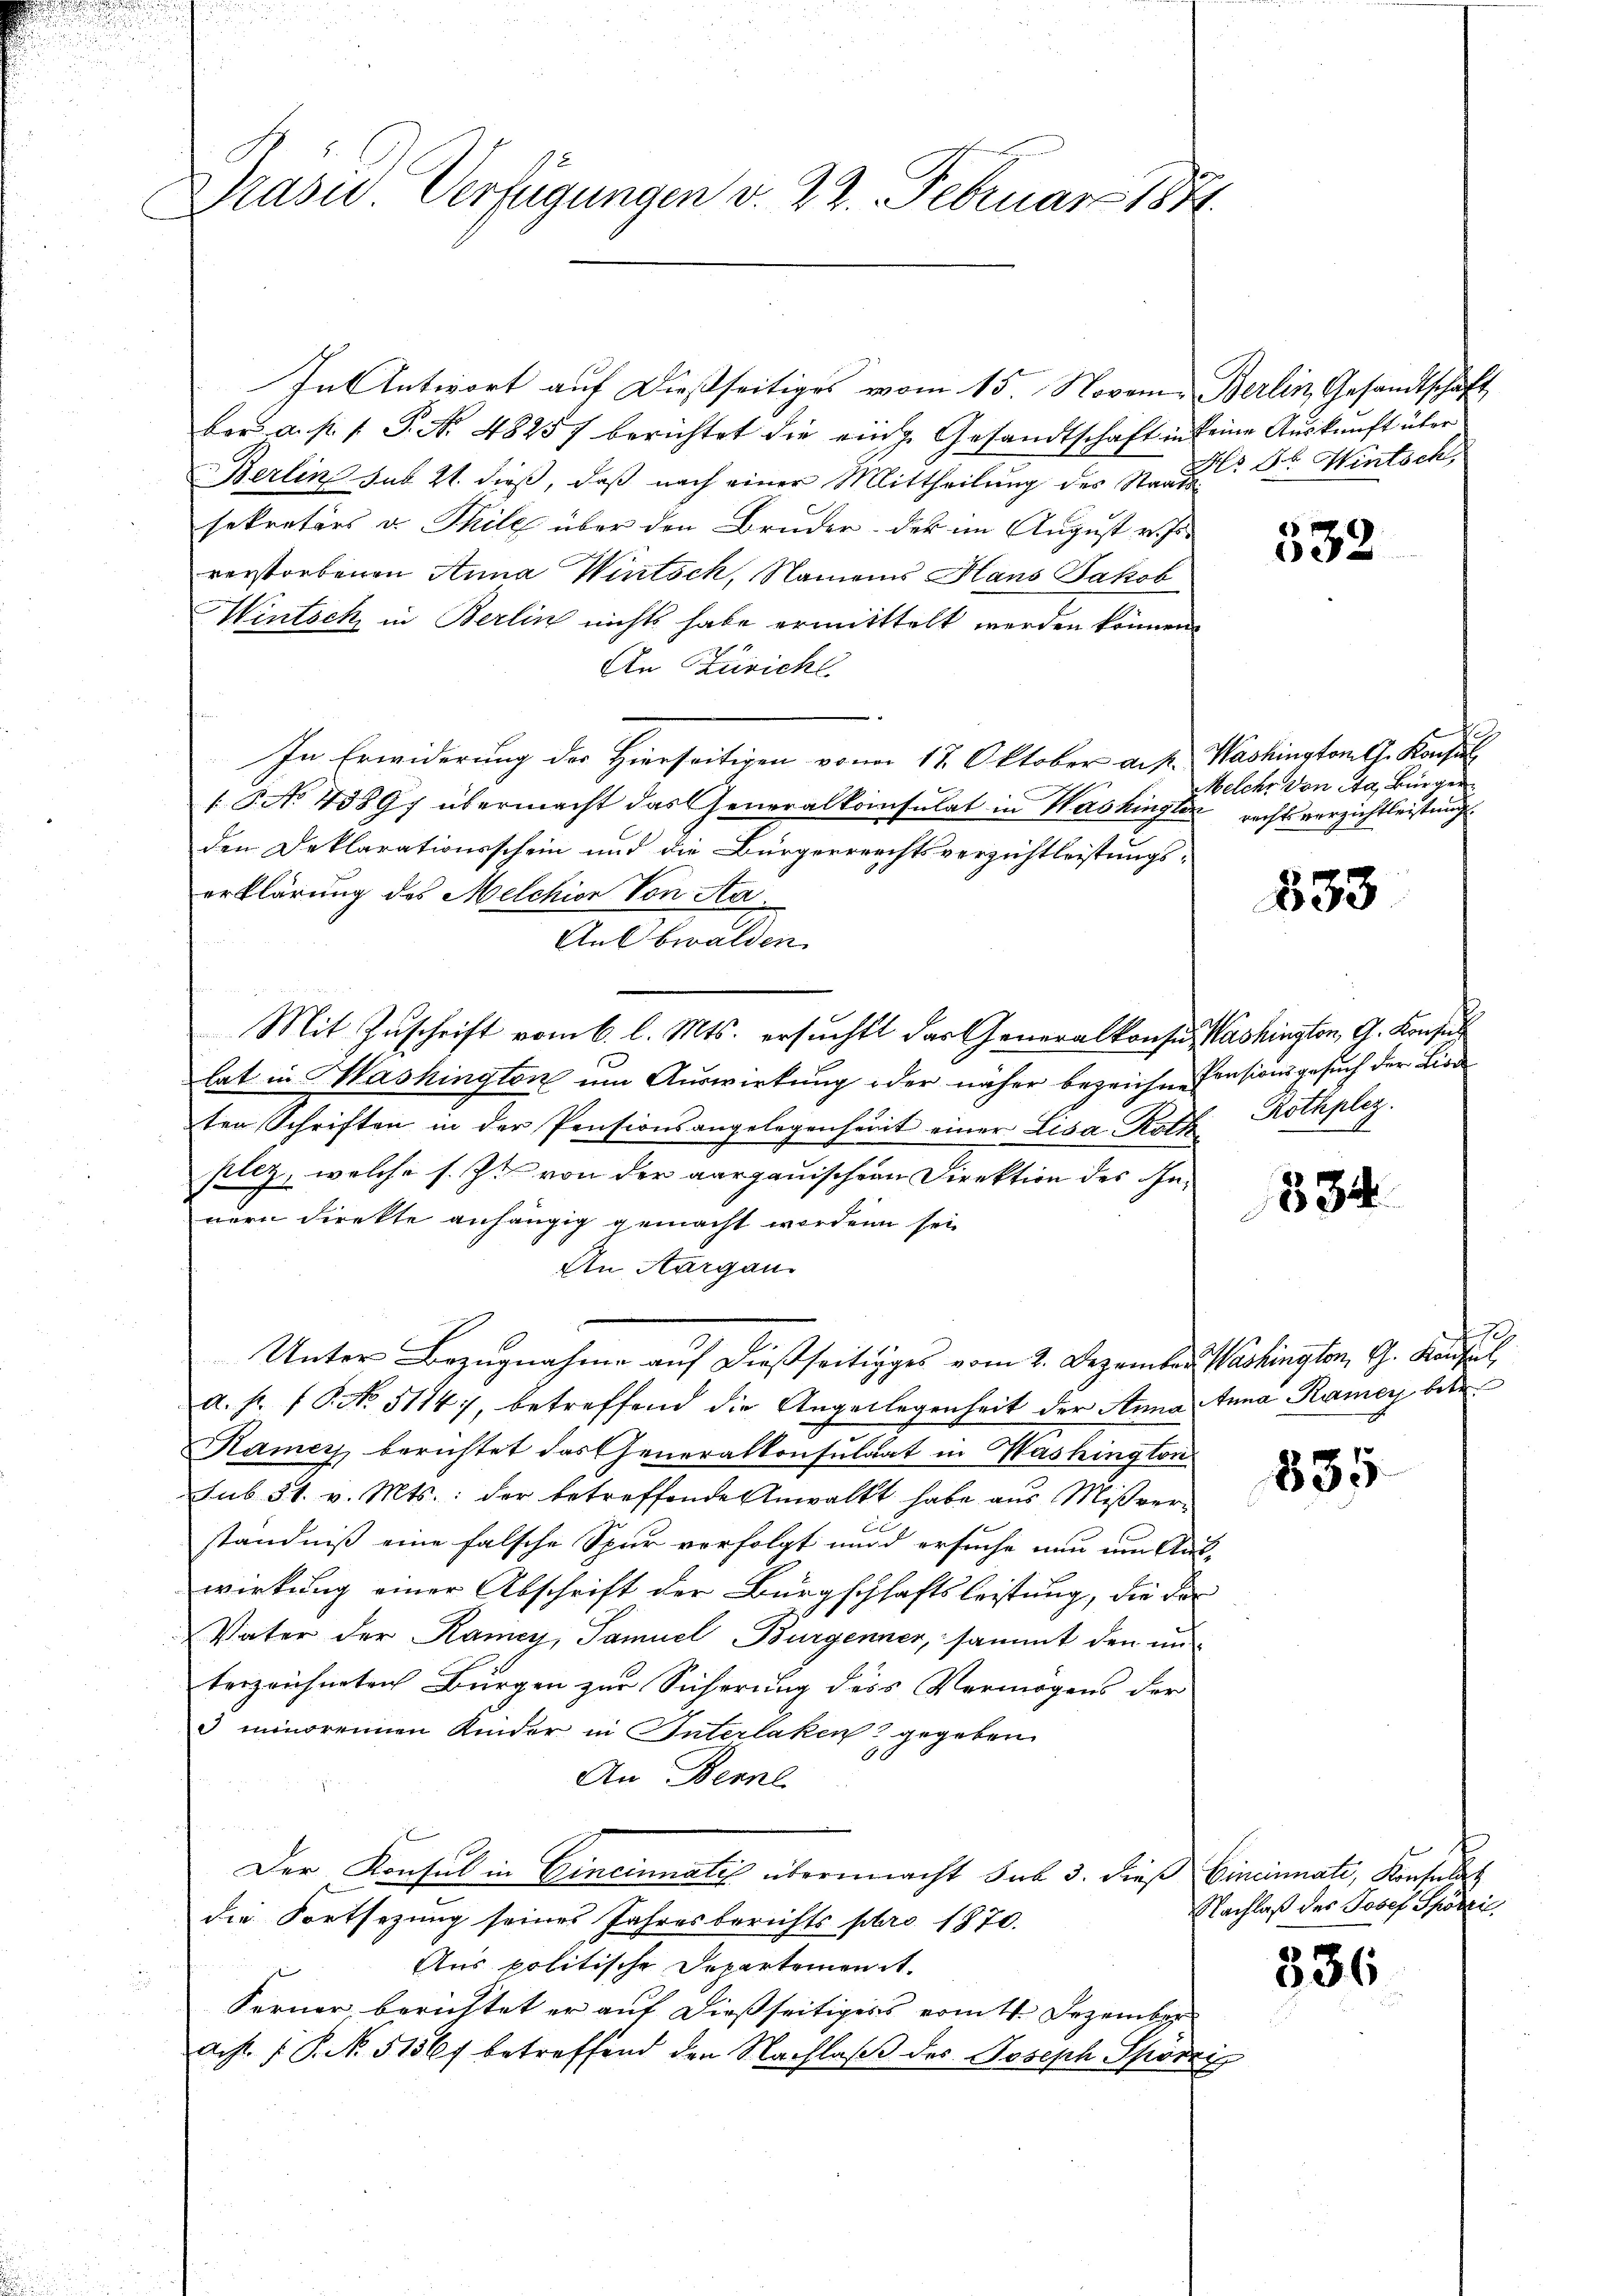
Drasu. Verfügungen v. 22. Februar 1881

In Antwort auf dießseitiges vom 15. Novem. Berlin, Gesandtschaft,
ber a. p. 1. P. Nr. 48257 berichtet die einge Gesandtschaft in keine Auskunft über
Berlin sub 21. dieß, daß nach einer Mittheilung des Staat Dr. Wintsch,
sekretärs u. Thile über den Bruder, der im August v. Js.
verstorbenen Anna Wintsch, Namens Hans Jakob
Wintsch, in Berlin nichts habe ermittelt werden können.
An Zürich
In Erwiderung der Hierseitigen von 12. Oktober auf. Washington A. Konsul
§ No 43897 übermacht das Generalkonsulat in Washingler rechtsverzichtleistung
den Deklarationsschein und die Bürgerrrechtsverzichtleistungserklärung des Melchior Von Aa
Anlbwalden
Mit Zuschrift vom 6. l. Mts. ersucht das Generalkonsus Washington, G. Konsul
lat in Washington um Auswirkung oder näher bezeichne Pensionsgesuch der Liede
ten Schriften in der Pensionsangelegenheit einer Lisa Roth Rothplez.
plez, welche s. Z. von der aargauischen Direktion des Innern direkte anhängig gemacht worden sei
An Aargau
Unter Bezugnahme auf dießseitiges vom 2. Dezember Washington, G. Koufiel,
A. fr. f. No 5114, betreffend die Angelegenheit der Anna Anna Ramer betr.
Kamer berichtet das Generalkonsulat in Washington
sub 31. v. Mts.: der betreffende Anwalkt habe aus Mißverständniß eine falsche Spur vorfolgt und ersuche nun um Aus-
wirkung einer Abschrift der Bürgschhaftsleistung, die der
Vater der Ramey, Samuel Burgenner, sammt den un
terzeichneten Bürgen zur Sicherung des Vermögens der
3 minorennen Kinder in Interlaken gegeben
An Bernl
Der Konsul in Cincinatis übermacht sub 3. dieß Cincinuati, Kontulat
die Fortsezung seines Jahresberichtspro 1870.
Aus politische Departement.
Ferner, berichtet er auf dießseitigers vom 4. Dezember
ach. P. N. 51567 betreffend den Nachlaβ des Joseph Spörri

532

Melche von Aa, Bürger

533

l

334

1

835.

Nachlaß des Josef Spörri

336